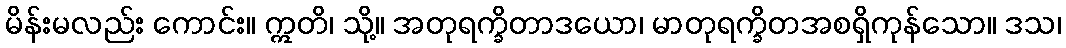
မိန်းမလည်း ကောင်း။ ဣတိ၊ သို့။ အတုရက္ခိတာဒယော၊ မာတုရက္ခိတအစရှိကုန်သော။ ဒသ၊